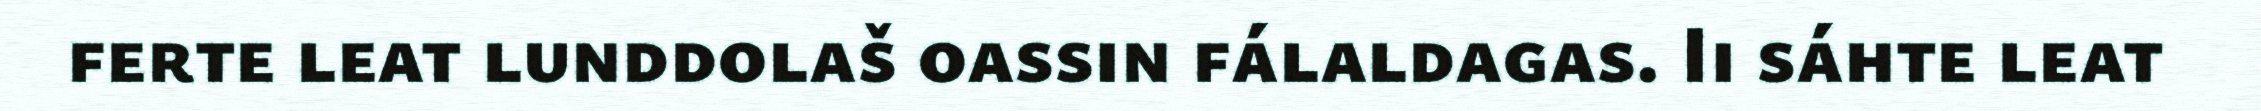
ferte leat lunddolaš oassin fálaldagas. Ii sáhte leat